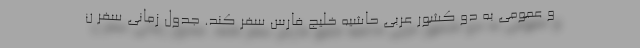
و عمومی به دو کشور عربی حاشیه خلیج فارس سفر کند. جدول زمانی سفر ن